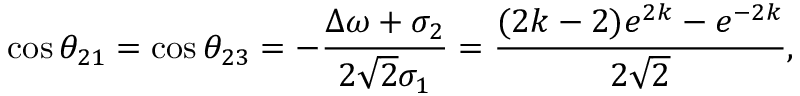
\cos \theta _ { 2 1 } = \cos \theta _ { 2 3 } = - \frac { \Delta \omega + \sigma _ { 2 } } { 2 \sqrt { 2 } \sigma _ { 1 } } = \frac { ( 2 k - 2 ) e ^ { 2 k } - e ^ { - 2 k } } { 2 \sqrt { 2 } } ,